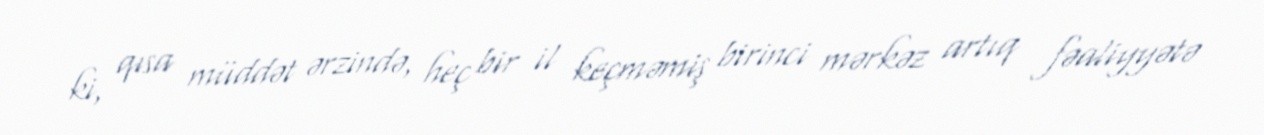
ki, qısa müddət ərzində, heç bir il keçməmiş birinci mərkəz artıq fəaliyyətə